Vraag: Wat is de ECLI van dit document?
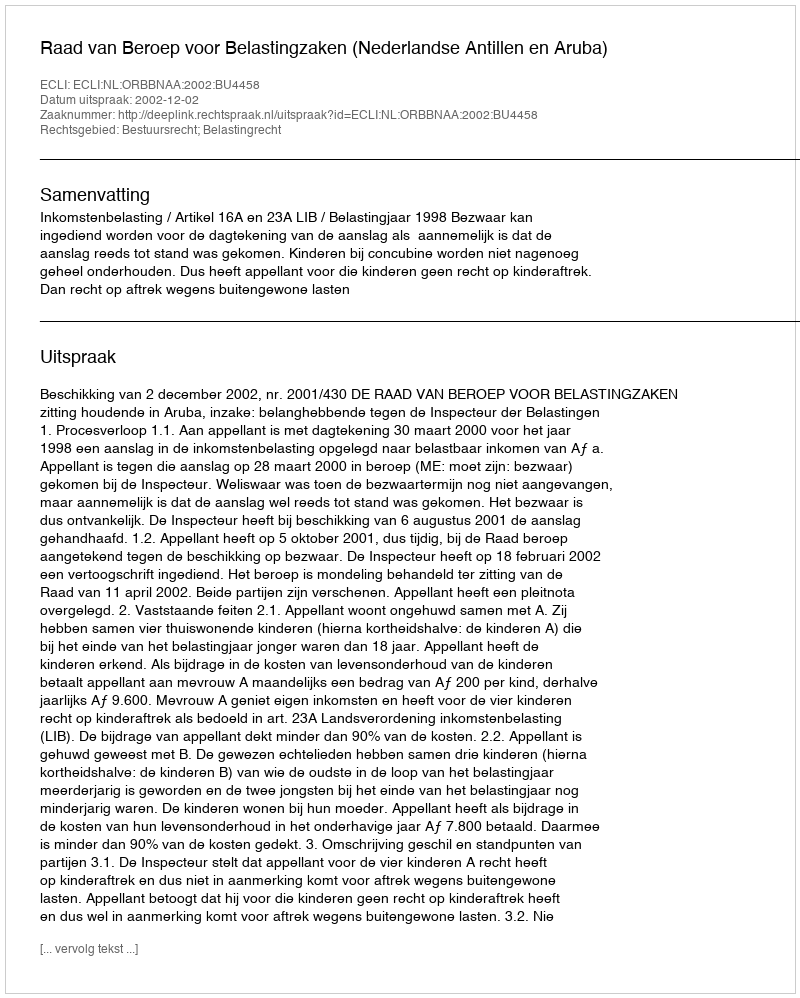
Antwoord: ECLI:NL:ORBBNAA:2002:BU4458